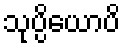
သုပ္ပိယောပိ